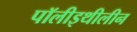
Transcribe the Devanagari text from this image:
पॉलीइथीलीन